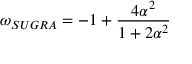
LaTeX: \omega _ { S U G R A } = - 1 + \frac { 4 \alpha ^ { 2 } } { 1 + 2 \alpha ^ { 2 } }